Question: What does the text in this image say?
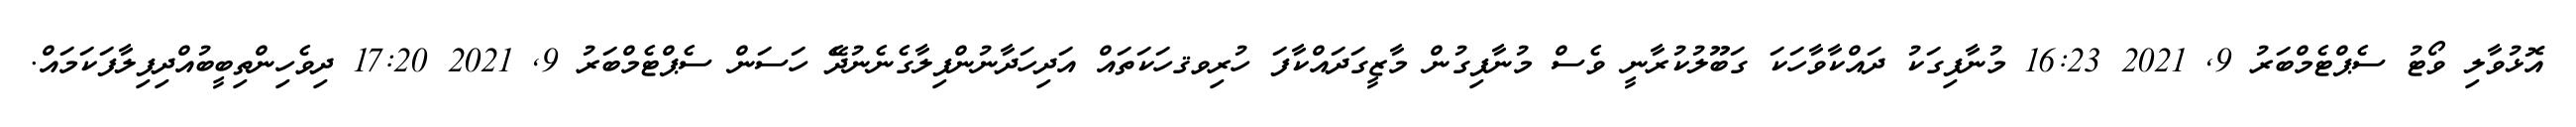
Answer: އޮޅުވާލި ވޯޓު ސެޕްޓެމްބަރު 9, 2021 16:23 މުނާފިގަކު ދައްކާވާހަކަ ގަބޫލުކުރާނީ ވެސް މުނާފިގުން މާޒީގަދައްކާފަ ހުރިވޤހަކަތައް އަދިހަދާނުންފިލާގެނެނުދޭެ ހަސަން ސެޕްޓެމްބަރު 9, 2021 17:20 ދިވެހިންތިބީބުއްދިފިލާފަކަމައް.